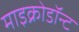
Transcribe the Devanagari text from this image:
माइक्रोडॉन्ट